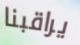
يراقبنا